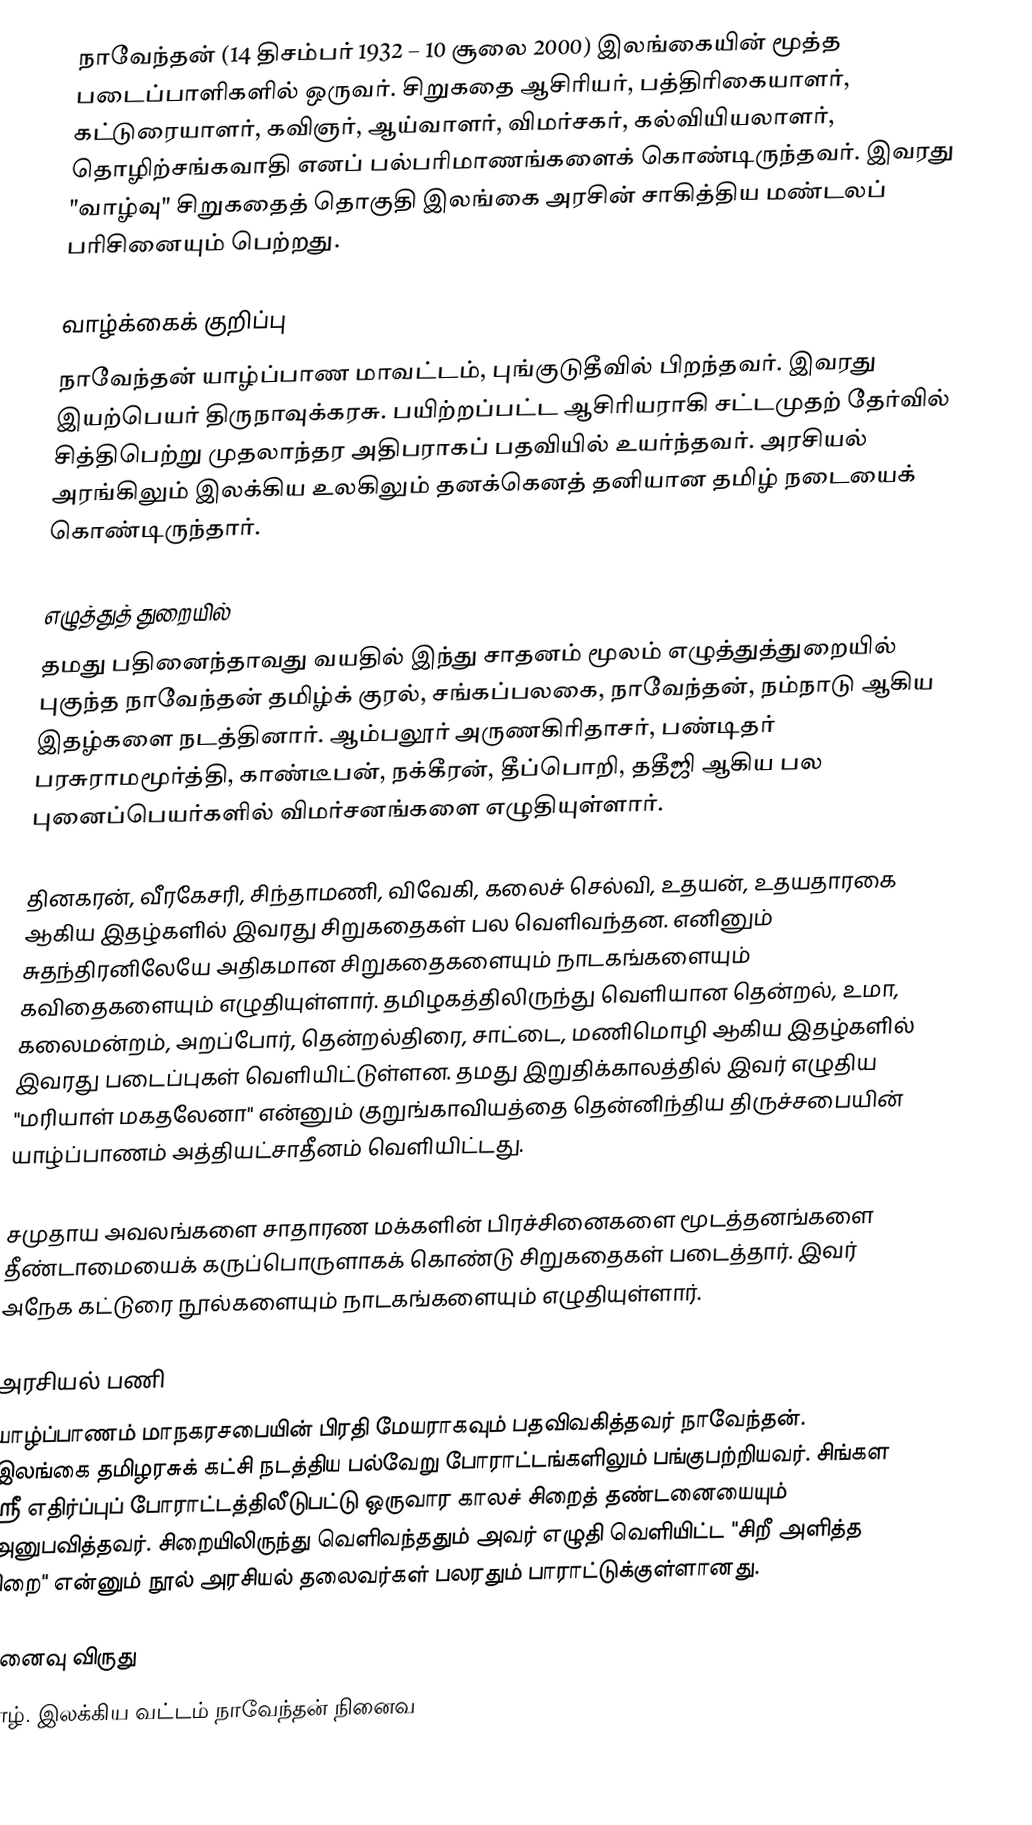
நாவேந்தன் (14 திசம்பர் 1932 – 10 சூலை 2000) இலங்கையின் மூத்த படைப்பாளிகளில் ஒருவர். சிறுகதை ஆசிரியர், பத்திரிகையாளர், கட்டுரையாளர், கவிஞர், ஆய்வாளர், விமர்சகர், கல்வியியலாளர், தொழிற்சங்கவாதி எனப் பல்பரிமாணங்களைக் கொண்டிருந்தவர். இவரது "வாழ்வு" சிறுகதைத் தொகுதி இலங்கை அரசின் சாகித்திய மண்டலப் பரிசினையும் பெற்றது.

வாழ்க்கைக் குறிப்பு
நாவேந்தன் யாழ்ப்பாண மாவட்டம், புங்குடுதீவில் பிறந்தவர். இவரது இயற்பெயர் திருநாவுக்கரசு. பயிற்றப்பட்ட ஆசிரியராகி சட்டமுதற் தேர்வில் சித்திபெற்று முதலாந்தர அதிபராகப் பதவியில் உயர்ந்தவர். அரசியல் அரங்கிலும் இலக்கிய உலகிலும் தனக்கெனத் தனியான தமிழ் நடையைக் கொண்டிருந்தார்.

எழுத்துத் துறையில்
தமது பதினைந்தாவது வயதில் இந்து சாதனம் மூலம் எழுத்துத்துறையில் புகுந்த நாவேந்தன் தமிழ்க் குரல், சங்கப்பலகை, நாவேந்தன், நம்நாடு ஆகிய இதழ்களை நடத்தினார். ஆம்பலூர் அருணகிரிதாசர், பண்டிதர் பரசுராமமூர்த்தி, காண்டீபன், நக்கீரன், தீப்பொறி, ததீஜி ஆகிய பல புனைப்பெயர்களில் விமர்சனங்களை எழுதியுள்ளார்.

தினகரன், வீரகேசரி, சிந்தாமணி, விவேகி, கலைச் செல்வி, உதயன், உதயதாரகை ஆகிய இதழ்களில் இவரது சிறுகதைகள் பல வெளிவந்தன. எனினும் சுதந்திரனிலேயே அதிகமான சிறுகதைகளையும் நாடகங்களையும் கவிதைகளையும் எழுதியுள்ளார். தமிழகத்திலிருந்து வெளியான தென்றல், உமா, கலைமன்றம், அறப்போர், தென்றல்திரை, சாட்டை, மணிமொழி ஆகிய இதழ்களில் இவரது படைப்புகள் வெளியிட்டுள்ளன. தமது இறுதிக்காலத்தில் இவர் எழுதிய "மரியாள் மகதலேனா" என்னும் குறுங்காவியத்தை தென்னிந்திய திருச்சபையின் யாழ்ப்பாணம் அத்தியட்சாதீனம் வெளியிட்டது.

சமுதாய அவலங்களை சாதாரண மக்களின் பிரச்சினைகளை மூடத்தனங்களை தீண்டாமையைக் கருப்பொருளாகக் கொண்டு சிறுகதைகள் படைத்தார். இவர் அநேக கட்டுரை நூல்களையும் நாடகங்களையும் எழுதியுள்ளார்.

அரசியல் பணி
யாழ்ப்பாணம் மாநகரசபையின் பிரதி மேயராகவும் பதவிவகித்தவர் நாவேந்தன். இலங்கை தமிழரசுக் கட்சி நடத்திய பல்வேறு போராட்டங்களிலும் பங்குபற்றியவர். சிங்கள ஸ்ரீ எதிர்ப்புப் போராட்டத்திலீடுபட்டு ஒருவார காலச் சிறைத் தண்டனையையும் அனுபவித்தவர். சிறையிலிருந்து வெளிவந்ததும் அவர் எழுதி வெளியிட்ட "சிறீ அளித்த சிறை" என்னும் நூல் அரசியல் தலைவர்கள் பலரதும் பாராட்டுக்குள்ளானது.

நினைவு விருது
யாழ். இலக்கிய வட்டம் நாவேந்தன் நினைவ